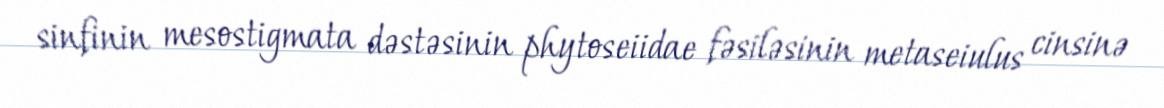
sinfinin mesostigmata dəstəsinin phytoseiidae fəsiləsinin metaseiulus cinsinə